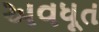
અવધૂત